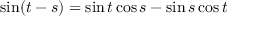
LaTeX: \sin ( t - s ) = \sin t \cos s - \sin s \cos t